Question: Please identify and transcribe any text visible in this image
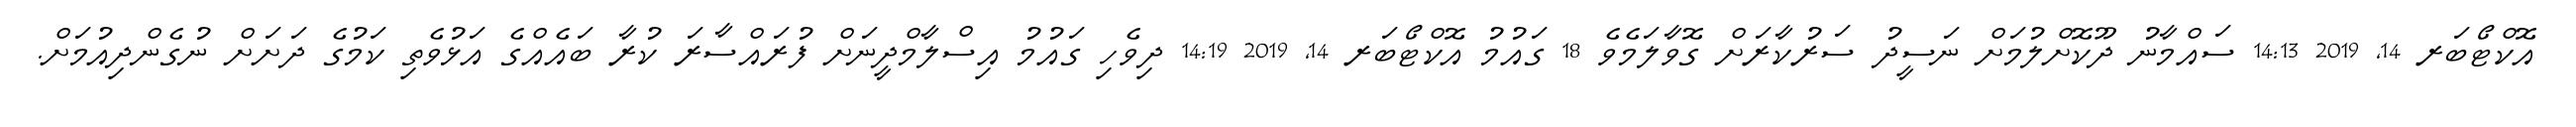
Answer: އޮކްޓޯބަރ 14, 2019 14:13 ސައްމާނު ދޫކޮށްލުމަށް ނަސީދު ސަރުކާރަށް ގޮވާލަމެވެ 18 ގައުމު އޮކްޓޯބަރ 14, 2019 14:19 ދިވެހި ގައުމު އިސްލާމްދީނަށް ފުރައްސާރަ ކުރާ ބައެއްގެ އަޅުވެތި ކަމުގެ ދަށަށް ނުގެންދިއުމަށް.